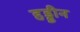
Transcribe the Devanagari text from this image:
हड्डीन